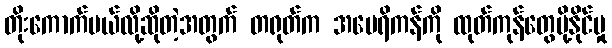
တိုးကောက်မယ်လို့ဆိုတဲ့အတွက် တရုတ်က အမေရိကန်ကို ထုတ်ကုန်တွေပို့နိုင်မှု